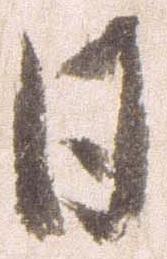
日